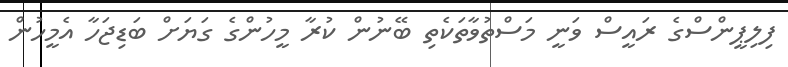
ފިލިޕީންސްގެ ރައީސް ވަނީ މަސްތުވާތަކެތި ބޭނުން ކުރާ މީހުންގެ ގަޔަށް ބަޑިޖަހާ އެމީހުން